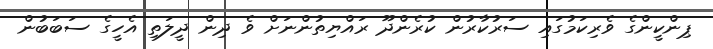
ޕިންކީންގެ ވެރިކަމުގައި ސަރުކާރުން ކުރެންދޫ ރައްޔިތުންނަށް ވެ ދިން ދީލަތި އެހީގެ ސަބަބުން